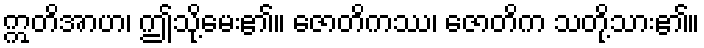
ဣတိအာဟ၊ ဤသို့မေး၏။ ဇောတိကဿ၊ ဇောတိက သတို့သား၏။